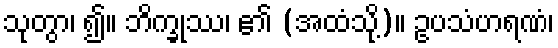
သုတွာ၊ ၍။ ဘိက္ခုဿ၊ ၏ (အထံသို့)။ ဥပသံဟရဏံ၊